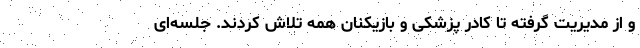
و از مدیریت گرفته تا کادر پزشکی و بازیکنان همه تلاش کردند. جلسه‌ای